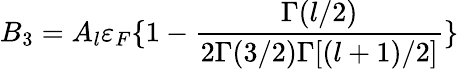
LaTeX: B_{3}=A_{l}\varepsilon_{F}\{ 1-\frac{\Gamma(l/2)}{2\Gamma(3/2)\Gamma[(l+1)/2]}\}